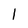
Character: l